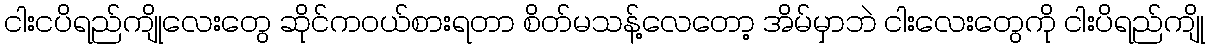
ငါးငပိရည်ကျိုလေးတွေ ဆိုင်ကဝယ်စားရတာ စိတ်မသန့်လေတော့ အိမ်မှာဘဲ ငါးလေးတွေကို ငါးပိရည်ကျို